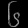
Digit: ၆